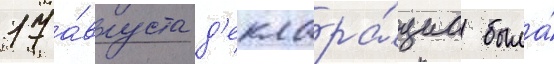
17 а́вгуста д'еклара́циа была́